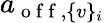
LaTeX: a_{\mathrm{~o~f~f~},\{ v\} _{i}}